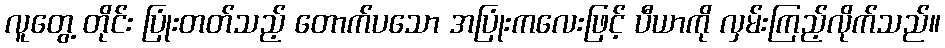
လူတွေ့ တိုင်း ပြုံးတတ်သည့် တောက်ပသော အပြုံးကလေးဖြင့် ပီယာကို လှမ်းကြည့်လိုက်သည်။